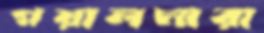
গয়ালমারা